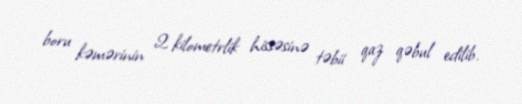
boru kəmərinin 2 kilometrlik hissəsinə təbii qaz qəbul edilib.